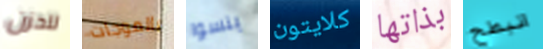
للحزن بالموجات ينسوا كلايتون بذاتها انبطح